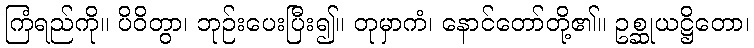
ကြံရည်ကို။ ပိဝိတွာ၊ ဘုဉ်းပေးပြီး၍။ တုမှာကံ၊ နောင်တော်တို့၏။ ဥစ္ဆုယဋ္ဌိတော၊